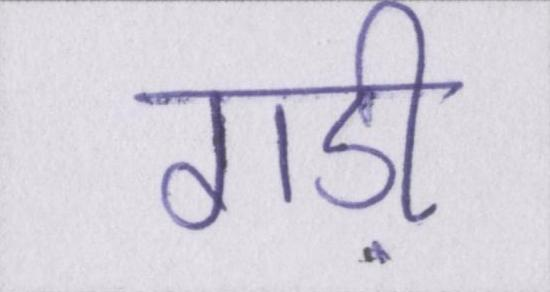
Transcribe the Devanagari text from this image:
गड़ी